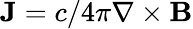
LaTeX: \mathbf{J}=c/4\pi\nabla\times\mathbf{B}